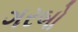
ગરબો